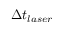
\Delta t _ { l a s e r }